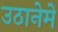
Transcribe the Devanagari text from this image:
उठानेमें